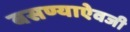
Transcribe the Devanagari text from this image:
बसण्याऐवजी